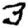
Digit: 3